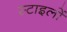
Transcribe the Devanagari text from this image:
स्टाइलों